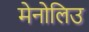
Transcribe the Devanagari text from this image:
मेनोलिउ